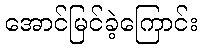
အောင်မြင်ခဲ့ကြောင်း